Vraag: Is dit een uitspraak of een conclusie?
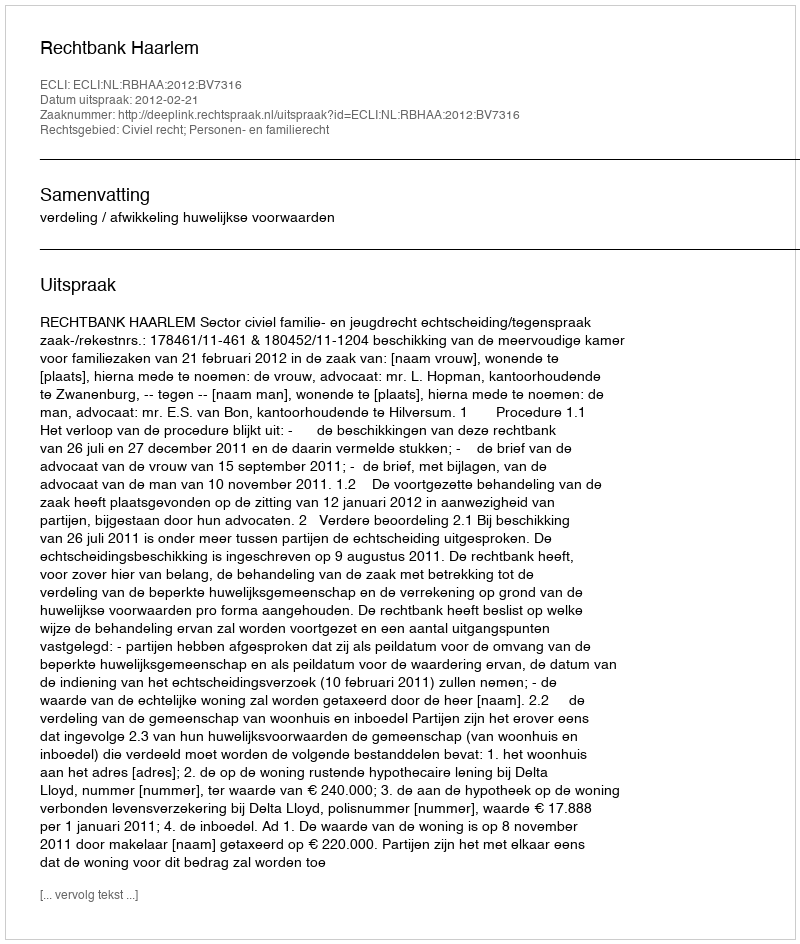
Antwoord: Uitspraak